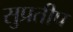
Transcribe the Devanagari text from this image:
सुप्रतीप